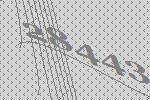
28443